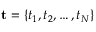
\mathbf { t } = \{ t _ { 1 } , t _ { 2 } , \dots , t _ { N } \}